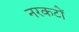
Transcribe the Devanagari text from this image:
नरकटों